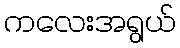
ကလေးအရွယ်